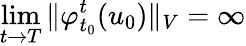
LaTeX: \operatorname*{lim}_{t\to T}\Vert\varphi_{t_{0}}^{t}(u_{0})\Vert_{V}=\infty